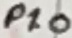
Text: P1.0